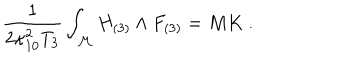
{ \frac { 1 } { 2 \kappa _ { 1 0 } ^ { 2 } T _ { 3 } } } \int _ { \cal M } H _ { ( 3 ) } \wedge F _ { ( 3 ) } = M K \ .